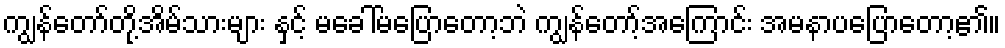
ကျွန်တော်တို့အိမ်သားများ နှင့် မခေါ်မပြောတော့ဘဲ ကျွန်တော့်အကြောင်း အမနာပပြောတော့၏။